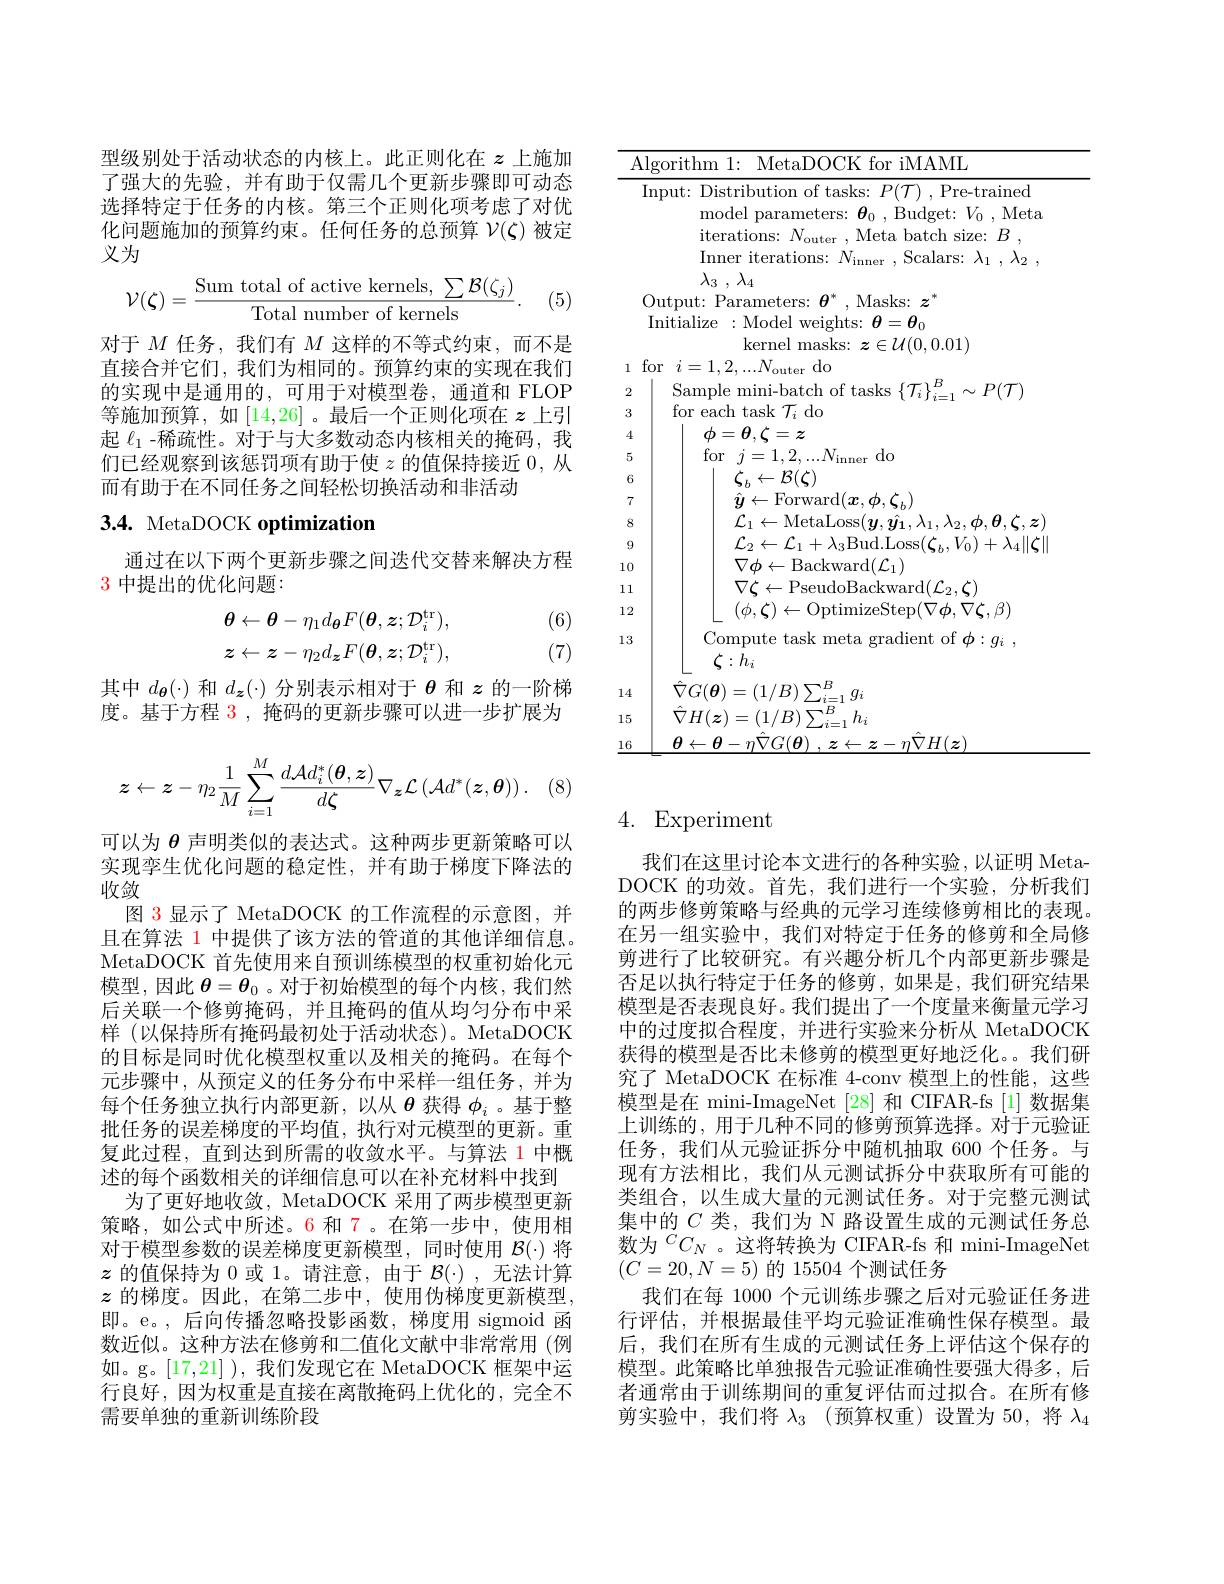
型级别处于活动状态的内核上。此正则化在$z$上施加了强大的先验，并有助于仅需几个更新步骤即可动态选择特定于任务的内核。第三个正则化项考虑了对优化问题施加的预算约束。任何任务的总预算$\mathcal{V}(\zeta)$被定义为
$$\mathcal{V}(\zeta)=\frac{\text{Sum total of active kernels,}\sum\mathcal{B}(\zeta_j)}{\text{Total number of kernels}}.$$
(5)

对于$M$任务，我们有$M$这样的不等式约束，而不是直接合并它们，我们为相同的。预算约束的实现在我们的实现中是通用的，可用于对模型卷，通道和 FLOP 等施加预算，如[14,26]。最后一个正则化项在$z$上引起$\ell_{1}$ -稀疏性。对于与大多数动态内核相关的掩码，我们已经观察到该惩罚项有助于使$z$的值保持接近0，从而有助于在不同任务之间轻松切换活动和非活动

# 3.4. MetaDOCK optimization

通过在以下两个更新步骤之间迭代交替来解决方程
3 中提出的优化问题：

(6) (7)
$$\theta\leftarrow\theta-\eta_{1}d_{\theta}F(\boldsymbol{\theta},\boldsymbol{z};\mathcal{D}_{i}^{\mathrm{tr}}),\\z\leftarrow z-\eta_{2}d_{z}F(\boldsymbol{\theta},\boldsymbol{z};\mathcal{D}_{i}^{\mathrm{tr}}),$$
其中$d_{\boldsymbol{\theta}}(\cdot)$和$d_{\boldsymbol{z}}(\cdot)$分别表示相对于$\theta$和$z$的一阶梯度。基于方程 3 , 掩码的更新步骤可以进一步扩展为
$$z\leftarrow z-\eta_2\frac{1}{M}\sum_{i=1}^M\frac{d\mathcal{A}d_i^*(\boldsymbol{\theta},\boldsymbol{z})}{d\boldsymbol{\zeta}}\nabla_{\boldsymbol{z}}\mathcal{L}\left(\mathcal{A}d^*(\boldsymbol{z},\boldsymbol{\theta})\right).$$
可以为$\theta$声明类似的表达式。这种两步更新策略可以实现孪生优化问题的稳定性，并有助于梯度下降法的收敛
图 3 显示了 MetaDOCK 的工作流程的示意图，并且在算法 1 中提供了该方法的管道的其他详细信息。MetaDOCK 首先使用来自预训练模型的权重初始化元模型，因此$\boldsymbol{\theta}=\boldsymbol{\theta}_0$ 。对于初始模型的每个内核，我们然后关联一个修剪掩码，并且掩码的值从均匀分布中采样 (以保持所有掩码最初处于活动状态)。MetaDOCK 的目标是同时优化模型权重以及相关的掩码。在每个元步骤中，从预定义的任务分布中采样一组任务，并为每个任务独立执行内部更新，以从$\theta$获得$\phi_i$ 。基于整批任务的误差梯度的平均值，执行对元模型的更新。重复此过程，直到达到所需的收敛水平。与算法 1 中概述的每个函数相关的详细信息可以在补充材料中找到
为了更好地收敛，MetaDOCK 采用了两步模型更新策略，如公式中所述。6 和 7。在第一步中，使用相对于模型参数的误差梯度更新模型，同时使用$\mathcal{B}(\cdot)$将$z$的值保持为 0 或 1。请注意，由于$\mathcal{B}(\cdot)$,无法计算$z$的梯度。因此，在第二步中，使用伪梯度更新模型， 即。e。,后向传播忽略投影函数，梯度用 sigmoid 函数近似。这种方法在修剪和二值化文献中非常常用(例如。g。[17,21] ),我们发现它在 MetaDOCK 框架中运行良好，因为权重是直接在离散掩码上优化的，完全不需要单独的重新训练阶段

Algorithm 1: MetaDOCK for iMAML
Input: Distribution of tasks: $P(\mathcal{T})$, Pre-trained
model parameters: $\boldsymbol{\theta}_0$, Budget: $V_0$, Meta
iterations: $N_\mathrm{outer}$, Meta batch size: $B$, Inner iterations: $N_\mathrm{inner~,~Scalars:~}\lambda_1~,~\lambda_2~$, $\lambda _3$ , $\lambda _4$
Output: Parameters: $\boldsymbol{\theta}^*$, Masks: $\boldsymbol{z}^*$ Initialize : Model weights: $\boldsymbol\theta=\boldsymbol{\theta}_0$
kernel masks: $\boldsymbol{z}\in\mathcal{U}(0,0.01)$
1 for $i= 1, 2, . . . N_\text{outer}$do
$\operatorname { \mathrm{Sample~mini- batch~of~tasks~}} \{ \mathcal{T} _{i}\} _{i= 1}^{B}\sim P( \mathcal{T} )$
23
for each task $\mathcal{T}_i$ do
4
$\phi=\theta,\zeta=z$
5
for$j=1,2,...N_{\mathrm{inner}}$do
6
$\zeta_{b}\leftarrow\mathcal{B}(\zeta)$
7
$\hat{y}\leftarrow$Forward$(\boldsymbol x,\phi,\zeta_{b})$
8
$\mathcal{L}_{1}\leftarrow$MetaLoss$(\boldsymbol y,\hat{\boldsymbol{y}}_{1},\lambda_{1},\lambda_{2},\phi,\boldsymbol{\theta},\boldsymbol{\zeta},\boldsymbol{z})$
9
$\mathcal{L}_{2}\leftarrow\mathcal{L}_{1}+\lambda_{3}$Bud.Loss$(\boldsymbol\zeta_b,V_0)+\lambda_4\|\boldsymbol{\zeta}\|$
10
$\nabla\phi\leftarrow$Backward$(\mathcal{L}_1)$
111
$\nabla\zeta\leftarrow$PseudoBackward$(\mathcal{L}_2,\zeta)$
12
${\mathcal L}~(\dot{\phi},\dot{\zeta})\leftarrow$OptimizeStep$(\dot\nabla\phi,\nabla\boldsymbol\zeta,\beta)$
13
Compute task meta gradient of $\phi : g_i$ ,
$\zeta:h_i$
14
$\begin{array}{c}{\hat{\nabla}G(\boldsymbol{\theta})=(1/B)\sum_{i=1}^{B}g_{i}}\\{\hat{\nabla}G(\boldsymbol{\theta})=(1/B)\sum_{i=1}^{B}g_{i}}\\{\hat{\nabla}H(\boldsymbol{\theta})=(1/B)\sum_{i=1}^{B}g_{i}}\\\end{array}$ $\hat{\nabla}H(\boldsymbol{z})=(1/B)\sum_{i=1}^{B}h_{i}$
15
$\theta \leftarrow \theta - \eta \hat{\nabla } G( \boldsymbol{\theta })$ , $z\leftarrow z- \eta \hat{\nabla } H( \boldsymbol{z})$
$\underline{16}$

# 4. Experiment

我们在这里讨论本文进行的各种实验，以证明 MetaDOCK 的功效。首先，我们进行一个实验，分析我们的两步修剪策略与经典的元学习连续修剪相比的表现。在另一组实验中，我们对特定于任务的修剪和全局修剪进行了比较研究。有兴趣分析几个内部更新步骤是否足以执行特定于任务的修剪，如果是，我们研究结果模型是否表现良好。我们提出了一个度量来衡量元学习中的过度拟合程度，并进行实验来分析从 MetaDOCK 获得的模型是否比未修剪的模型更好地泛化。。我们研究了 MetaDOCK 在标准 4-conv 模型上的性能，这些模型是在 mini-ImageNet [28] 和 CIFAR-fs [1] 数据集上训练的，用于几种不同的修剪预算选择。对于元验证任务，我们从元验证拆分中随机抽取 600 个任务。与现有方法相比，我们从元测试拆分中获取所有可能的类组合，以生成大量的元测试任务。对于完整元测试集中的$C$类，我们为 N 路设置生成的元测试任务总数为$^CC_N$ 。这将转换为 CIFAR-fs 和 mini-ImageNet $(C=20,N=5)$的 15504 个测试任务
我们在每 1000 个元训练步骤之后对元验证任务进行评估，并根据最佳平均元验证准确性保存模型。最后，我们在所有生成的元测试任务上评估这个保存的模型。此策略比单独报告元验证准确性要强大得多，后者通常由于训练期间的重复评估而过拟合。在所有修剪实验中，我们将$\lambda_3$ (预算权重)设置为 50,将$\lambda_4$